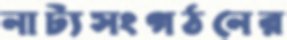
নাট্যসংগঠনের